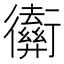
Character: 𢖡